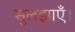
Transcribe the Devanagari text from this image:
सुलझाएँ।